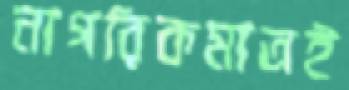
নাগরিকমাত্রই